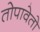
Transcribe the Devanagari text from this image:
तोपावेतो